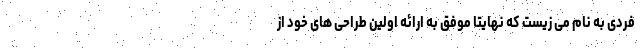
فردی به نام می زیست که نهایتا موفق به ارائه اولین طراحی های خود از